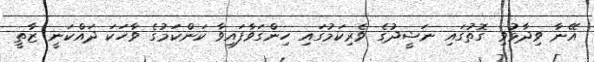
އޭނާ ވިދާޅުވި ގޮތުގައި ނަޝީދުގެ ވެރިކަމުގައި ހިންގަވާފައިވާ ކަންކަމުގެ ވާހަކަ ދައްކަނީ ޒާތީ